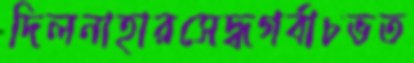
দিলনাহারসেদ্ধগর্বাচভত